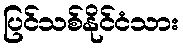
ပြင်သစ်နိုင်ငံသား